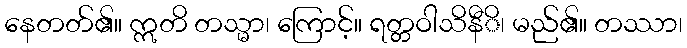
နေတတ်၏။ ဣတိ တသ္မာ၊ ကြောင့်။ ရတ္တဝါသိနီိ၊ မည်၏။ တဿာ၊